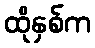
ထိုနှစ်က